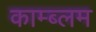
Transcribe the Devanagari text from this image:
काम्ब्लम